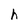
Character: h